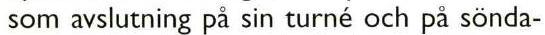
som avslutning på sin turné och pä sönda-